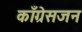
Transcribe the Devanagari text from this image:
काँग्रेसजन